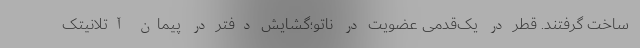
ساخت گرفتند. قطر در یک‌قدمی عضویت در ناتو؛گشایش دفتر در پیمان آتلانیتک